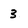
Character: 3